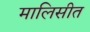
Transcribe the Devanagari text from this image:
मालिसीत